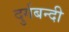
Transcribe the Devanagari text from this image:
दुर्गबन्दी